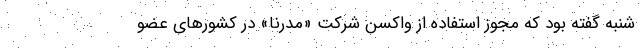
شنبه گفته بود که مجوز استفاده از واکسن شرکت «مدرنا» در کشورهای عضو